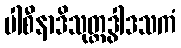
ပါစီနာဒိသုတ္တဒွါဒသကံ